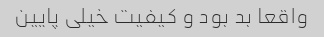
واقعا بد بود و کیفیت خیلی پایین